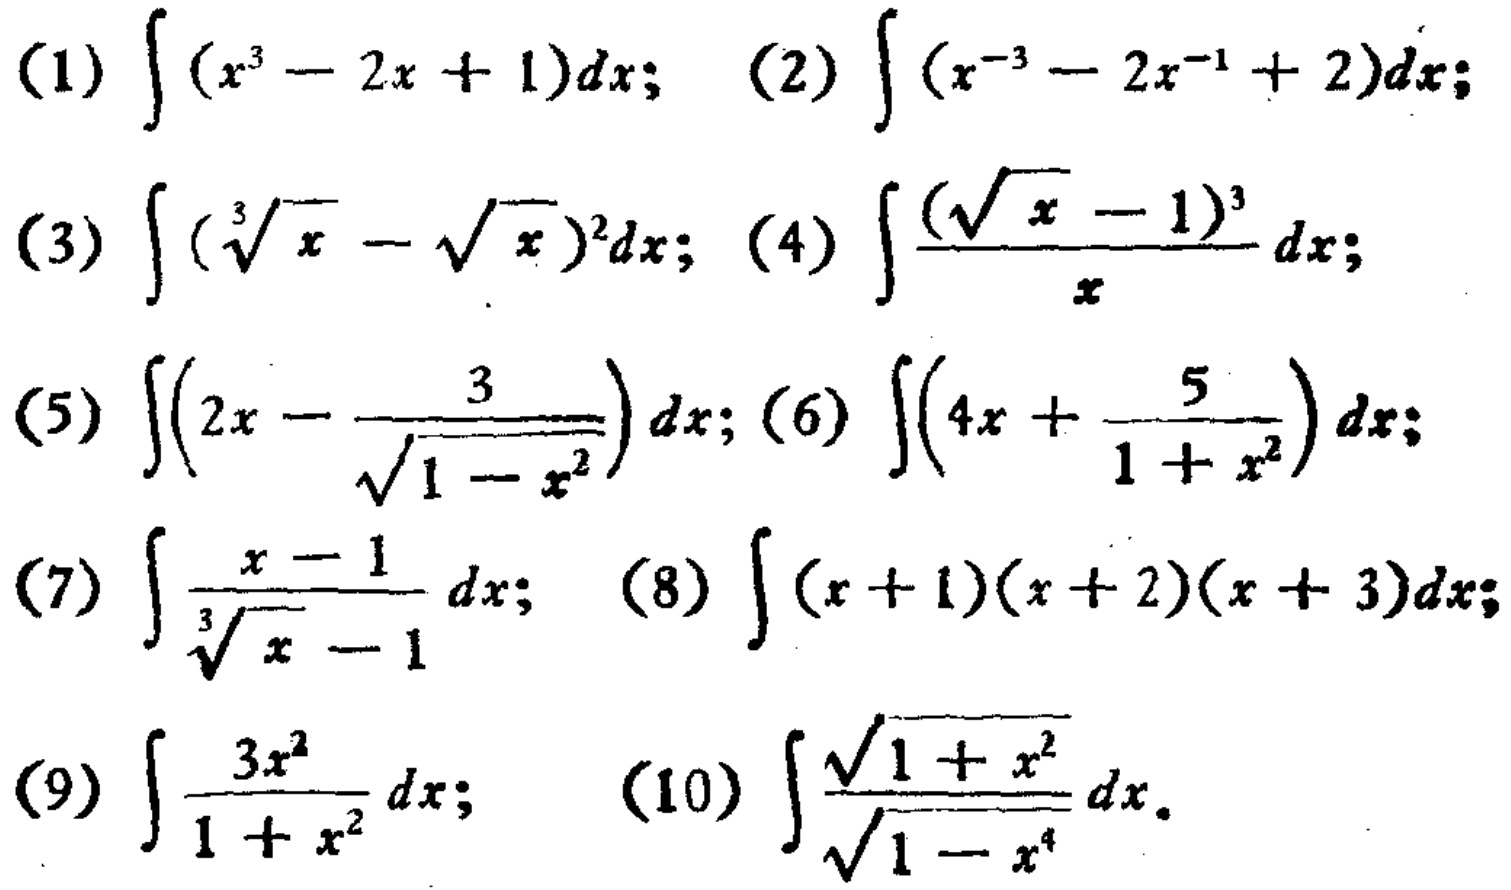
(1) \(\int (x^{3}-2x + 1)dx\); (2) \(\int (x^{-3}-2x^{-1}+2)dx\);
(3) \(\int (\sqrt[3]{x}-\sqrt{x})^{2}dx\); (4) \(\int \frac{(\sqrt{x}-1)^{3}}{x}dx\);
(5) \(\int \left(2x-\frac{3}{\sqrt{1 - x^{2}}}\right)dx\); (6) \(\int \left(4x+\frac{5}{1 + x^{2}}\right)dx\);
(7) \(\int \frac{x - 1}{\sqrt[3]{x}-1}dx\); (8) \(\int (x + 1)(x + 2)(x + 3)dx\);
(9) \(\int \frac{3x^{2}}{1 + x^{2}}dx\); (10) \(\int \frac{\sqrt{1 + x^{2}}}{\sqrt{1 - x^{4}}}dx\)